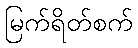
မြက်ရိတ်စက်